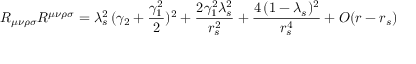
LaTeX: R _ { \mu \nu \rho \sigma } R ^ { \mu \nu \rho \sigma } = \lambda _ { s } ^ { 2 } \, ( \gamma _ { 2 } + \frac { \gamma _ { 1 } ^ { 2 } } { 2 } ) ^ { 2 } + \frac { 2 \gamma _ { 1 } ^ { 2 } \lambda _ { s } ^ { 2 } } { r _ { s } ^ { 2 } } + \frac { 4 \, ( 1 - \lambda _ { s } ) ^ { 2 } } { r _ { s } ^ { 4 } } + { \cal { O } } ( r - r _ { s } )